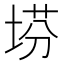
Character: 𡍆